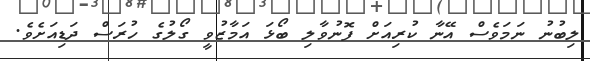
ލިބުނު ނަމަވެސް އޭނާ ކުރިއަށް ފޮނުވާލި ބޯޅަ އަމާޒުވީ ގޯލުގެ ހުރަސް ދަޑިއަށެވެ.